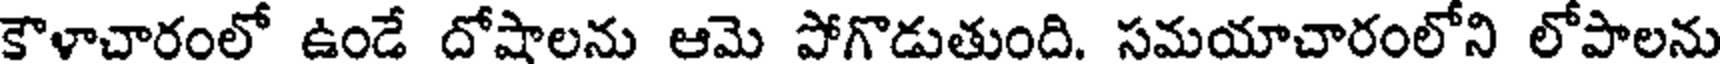
కౌళాచారంలో ఉండే దోషాలను ఆమె పోగొడుతుంది. సమయాచారంలోని లోపాలను